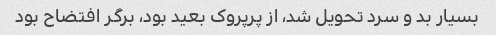
بسیار بد و سرد تحویل شد، از پرپروک بعید بود، برگر افتضاح بود